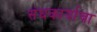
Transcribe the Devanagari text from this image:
संघकार्याचा